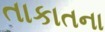
તાકાતના